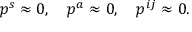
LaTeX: p ^ { s } \approx 0 , \quad p ^ { a } \approx 0 , \quad p ^ { i j } \approx 0 .